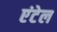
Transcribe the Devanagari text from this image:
एंटेल